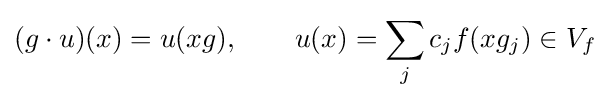
(g\cdot u)(x)=u(xg),\qquad u(x)=\sum _{j}c_{j}f(xg_{j})\in V_{f}